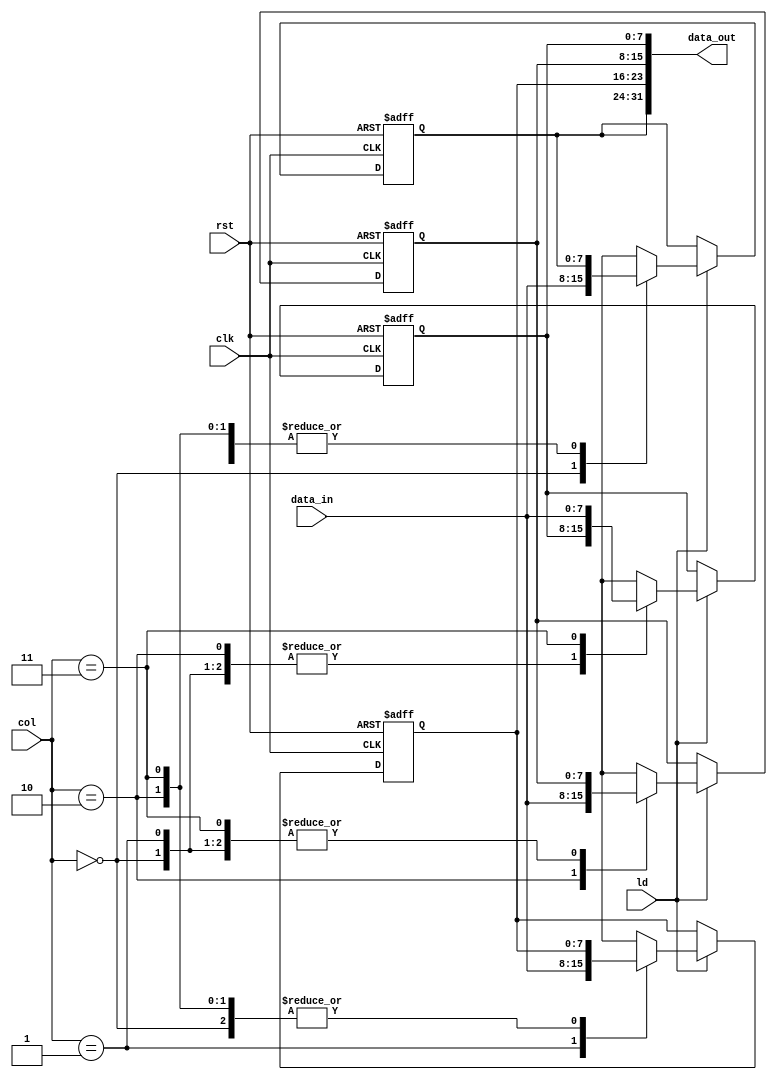
module buffer_1_4
(
    input clk,
    input rst,
    input ld,
    input[1:0] col,
    input[7:0] data_in,
    output[31:0] data_out
);
    reg[7:0] buffer[0:3];
    integer i, j;
    always@ (posedge clk or posedge rst)
    begin
        if(rst)
        begin
            for(i = 0; i < 4; i = i + 1)
            begin
                buffer[i] = 8'b0;
            end
        end
        else if(ld)
            buffer[col] = data_in;
    end
    assign data_out = {buffer[0], buffer[1],
        buffer[2], buffer[3]};
endmodule